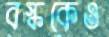
বস্ককেও